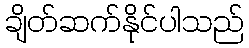
ချိတ်ဆက်နိုင်ပါသည်